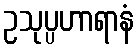
ဥသုပ္ပဟာရာနံ